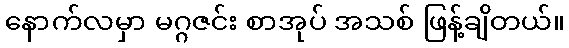
နောက်လမှာ မဂ္ဂဇင်း စာအုပ် အသစ် ဖြန့်ချိတယ်။